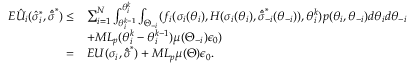
\begin{array} { r l } { E \hat { U } _ { i } ( \hat { \sigma } _ { i } ^ { * } , \hat { \bar { \sigma } } ^ { * } ) \leq } & { \sum _ { i = 1 } ^ { N } \int _ { \theta _ { i } ^ { k - 1 } } ^ { \theta _ { i } ^ { k } } \int _ { \Theta _ { - i } } ( f _ { i } ( \sigma _ { i } ( \theta _ { i } ) , H ( \sigma _ { i } ( \theta _ { i } ) , \hat { \bar { \sigma } } _ { - i } ^ { * } ( \theta _ { - i } ) ) , \theta _ { i } ^ { k } ) p ( \theta _ { i } , \theta _ { - i } ) d \theta _ { i } d \theta _ { - i } } \\ & { + M L _ { p } ( \theta _ { i } ^ { k } - \theta _ { i } ^ { k - 1 } ) \mu ( \Theta _ { - i } ) \epsilon _ { 0 } ) } \\ { = } & { E U ( \sigma _ { i } , \hat { \bar { \sigma } } ^ { * } ) + M L _ { p } \mu ( \boldsymbol { \Theta } ) \epsilon _ { 0 } . } \end{array}